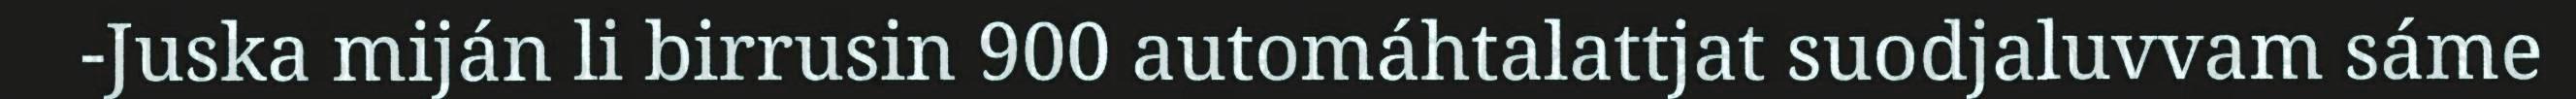
-Juska miján li birrusin 900 automáhtalattjat suodjaluvvam sáme